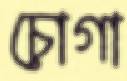
চোগা